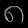
Digit: ၈